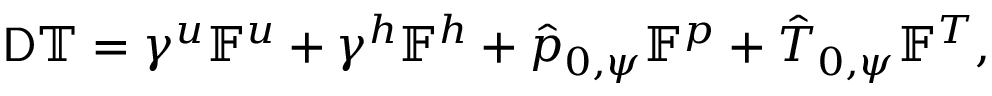
\mathsf { D } \mathbb { T } = \gamma ^ { u } \mathbb { F } ^ { u } + \gamma ^ { h } \mathbb { F } ^ { h } + \hat { p } _ { 0 , \psi } \mathbb { F } ^ { p } + \hat { T } _ { 0 , \psi } \mathbb { F } ^ { T } ,